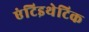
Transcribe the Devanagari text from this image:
एंटिइथेटिक